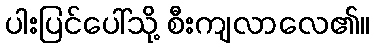
ပါးပြင်ပေါ်သို့ စီးကျလာလေ၏။